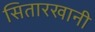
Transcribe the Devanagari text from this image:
सितारखानी